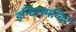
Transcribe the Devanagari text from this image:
इन्दिरामन्दिरं